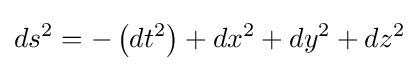
ds^{2}=-\left(dt^{2}\right)+dx^{2}+dy^{2}+dz^{2}